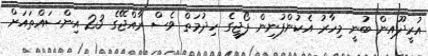
އުރީދޫއިން ބުނީ މިހާރު އެކުންފުނިން ފޯޖީގެ ހިދުމަތް ވެސް ރާއްޖޭގެ 23 އިންސައްތައަށް